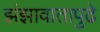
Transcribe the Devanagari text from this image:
झंझावातापुढे